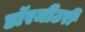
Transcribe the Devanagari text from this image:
डॉरमीटरी